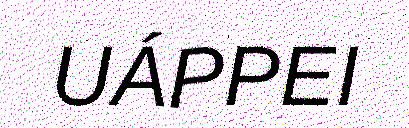
UÁPPEI